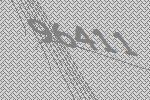
96411